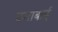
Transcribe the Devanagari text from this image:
ठमाबाई